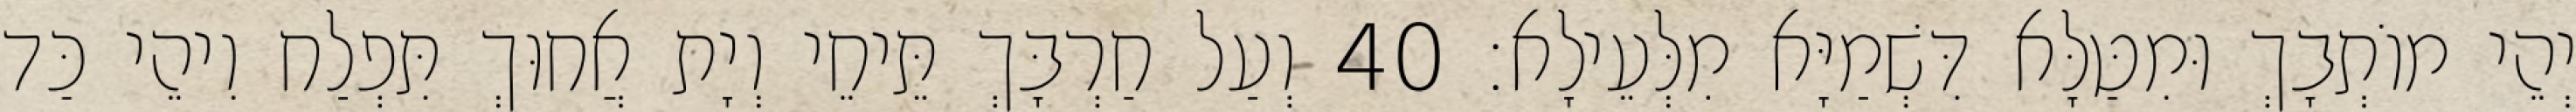
יְהֵי מוֹתְבָךְ וּמִטַּלָּא דִּשְׁמַיָּא מִלְּעֵילָא׃ 40 וְעַל חַרְבָּךְ תֵּיחֵי וְיָת אֲחוּךְ תִּפְלַח וִיהֵי כַּד